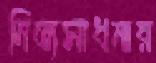
নিত্যসাধনায়